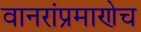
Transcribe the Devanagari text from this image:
वानरांप्रमाणेच